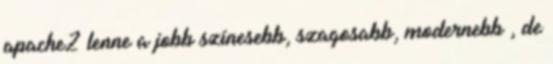
apache2 lenne a jobb színesebb, szagosabb, modernebb , de